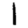
Digit: 1